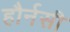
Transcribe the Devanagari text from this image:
हौर्नसी